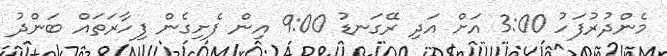
މެންދުރުފަހު 3:00 އަށް އަދި ރޭގަނޑު 9:00 އިން ފެށިގެން ފިހާރަތައް ބަންދު